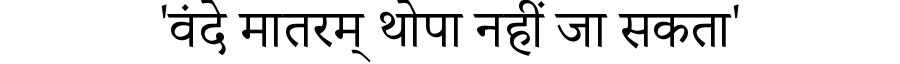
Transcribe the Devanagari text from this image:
'वंदे मातरम् थोपा नहीं जा सकता'